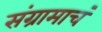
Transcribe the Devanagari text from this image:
संग्रामाचं